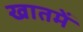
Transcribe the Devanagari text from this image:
खातमें